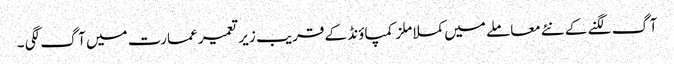
آگ لگنے کے نئے معاملے میں کملا ملز کمپاؤنڈ کے قریب زیر تعمیر عمارت میں آگ لگی ۔